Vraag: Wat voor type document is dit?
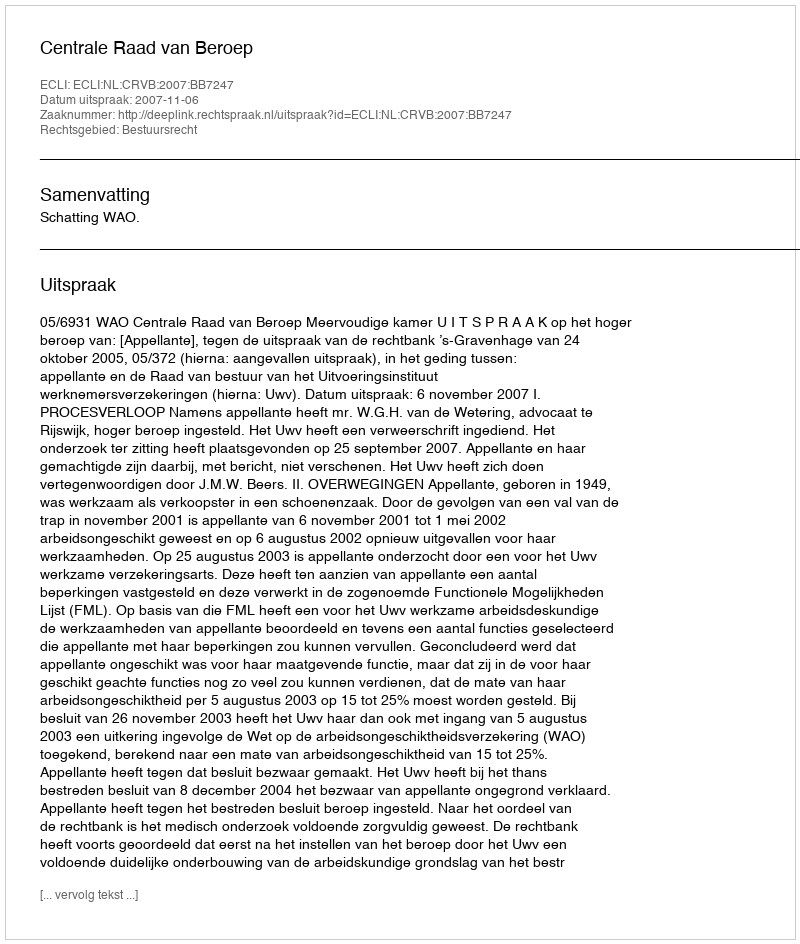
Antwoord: Uitspraak